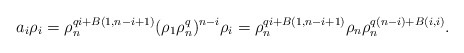
\begin{align*} a_i \rho_i&=\rho_n^{qi+B(1,n-i+1)} (\rho_1 \rho_n^q)^{n-i} \rho_i=\rho_n^{qi+B(1,n-i+1)} \rho_n \rho_n^{q(n-i)+B(i,i)}. \end{align*}